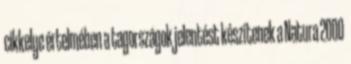
cikkelye értelmében a tagországok jelentést készítenek a Natura 2000